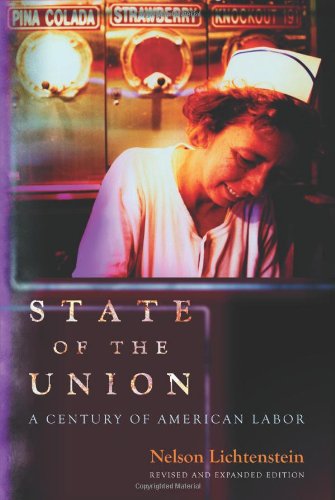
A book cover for State of the Union: A Century of American Labor (Politics and Society in Twentieth-Century America); Nelson Lichtenstein; Law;